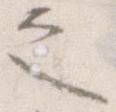
之